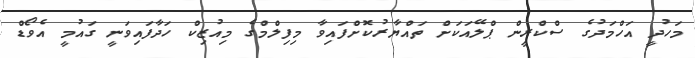
މަހުދީ އަހްމަދުގެ ސްކްރީން ޕްލޭއަކަށް ތައްޔާރުކޮށްފައިވާ މިފިލްމްގެ މިއުޒިކް ހަދާފައިވަނީ ގައުމީ އެވޯޑް